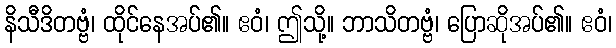
နိသီဒိတဗ္ဗံ၊ ထိုင်နေအပ်၏။ ဧဝံ၊ ဤသို့။ ဘာသိတဗ္ဗံ၊ ပြောဆိုအပ်၏။ ဧဝံ၊